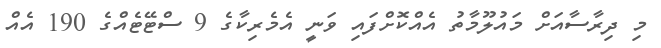
މި ދިރާސާއަށް މައުލޫމާތު އެއްކޮށްފައި ވަނީ އެމެރިކާގެ 9 ސްޓޭޓެއްގެ 190 އެއް